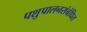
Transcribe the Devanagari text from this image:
पशुपालनसंबंधित